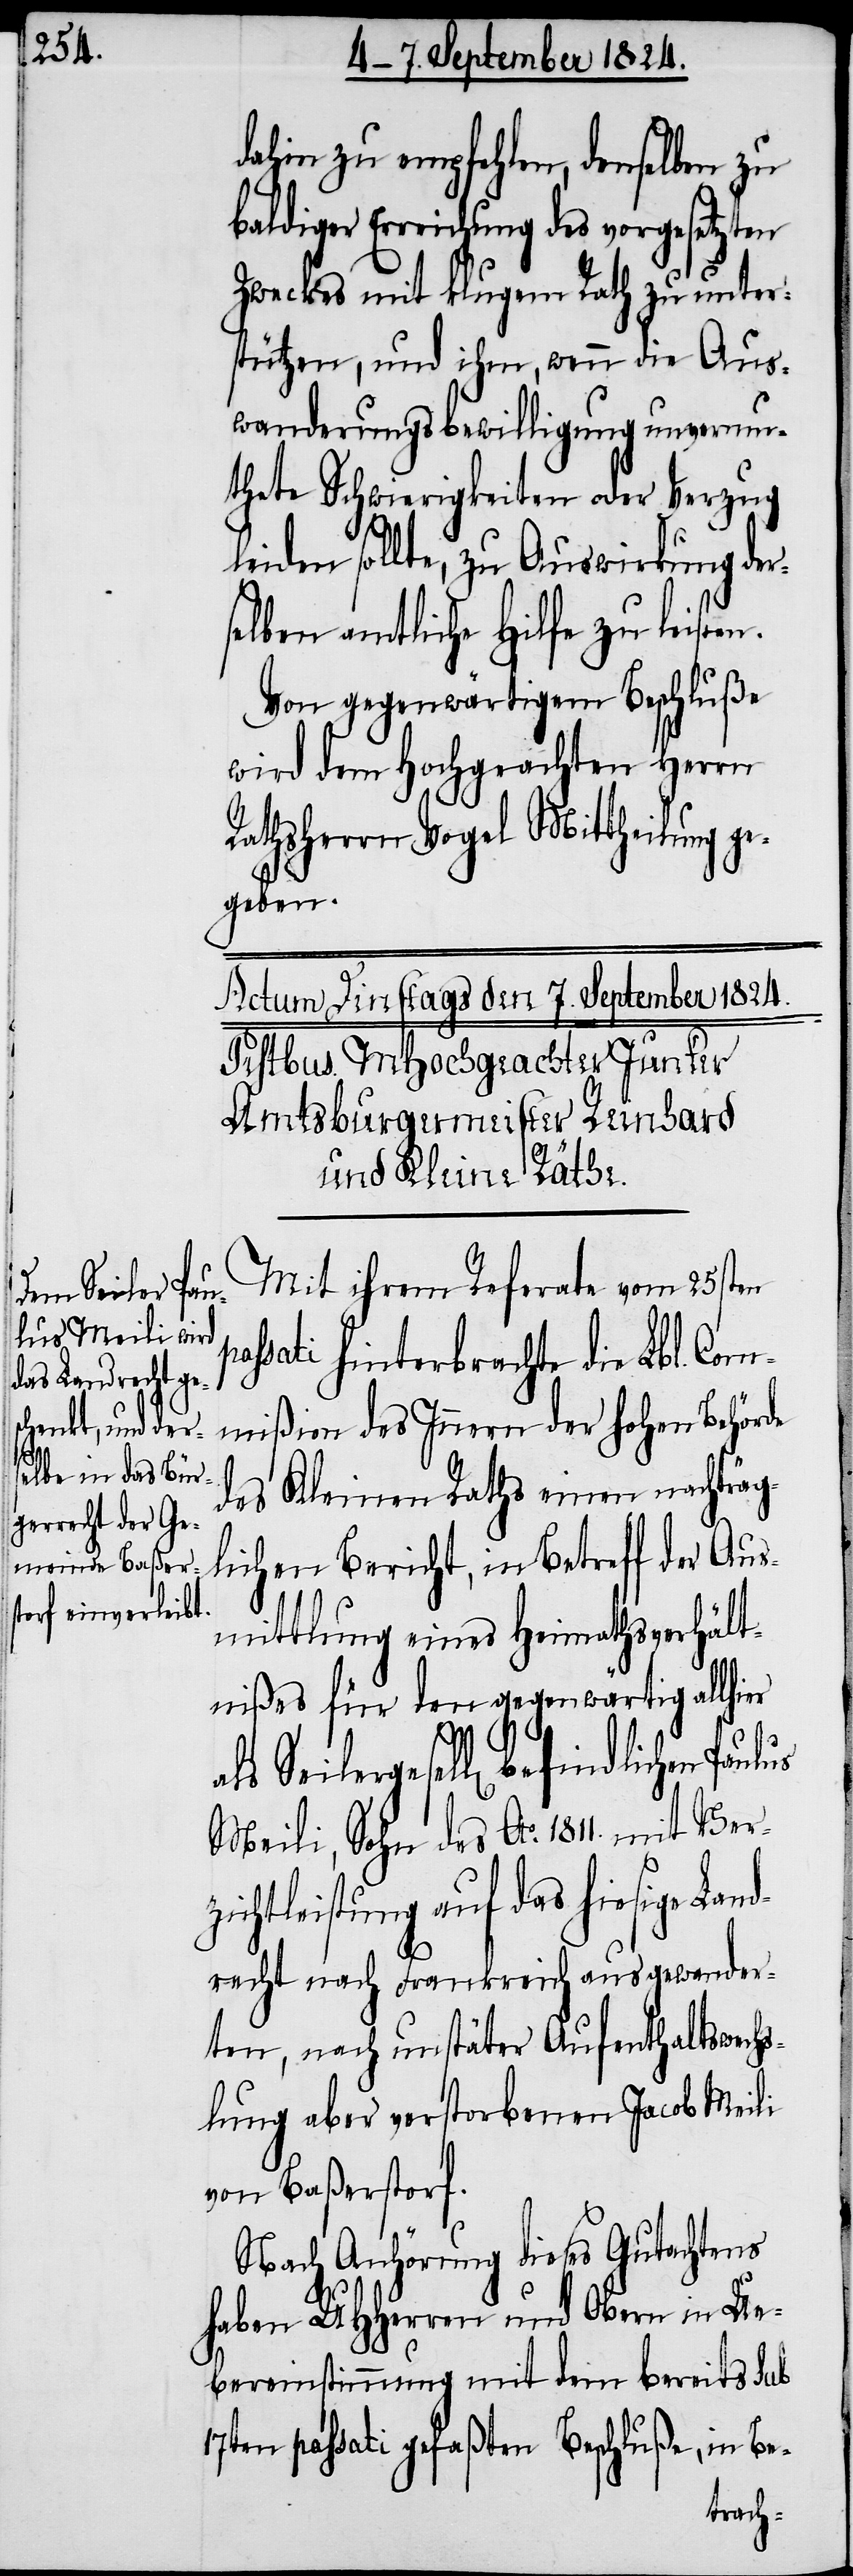
dahin zu empfehlen, denselben zu
baldiger Erreichung des vorgesetzten
Zweckes mit klugem Rath zu unter¬
stützen, und ihm, wenn die Aus¬
wanderungsbewilligung unvermu¬
thete Schwierigkeiten oder Verzug
pa¬
leiden sollte, zu Auswirkung der¬
selben amtliche Hilfe zu leisten.
Von gegenwärtigem Beschluße
wird dem Hochgeachten Herrn
Rathsherrn Vogel Mittheilung ge¬
geben.
Mit ihrem Referate vom 25sten
ssati hinterbrachte die Lbl. Com¬
mißion des Innern der hohen Behörde
des Kleinen Rathes einen nachträg¬
lichen Bericht, in Betreff der Aus¬
mittlung eines Heimathsverhält¬
nißes für den gegenwärtig allhier
als Seilergesell[e] befindlichen Paulus
Meili, Sohn des Ao. 1811. mit Ver¬
zichtleistung auf das hiesige Land¬
recht nach Frankreich ausgewander¬
ten, nach unstäter Aufenthaltswechs¬
lung aber verstorbenen Jacob Meili
von Baßerstorf.
Nach Anhörung dieses Gutachtens
haben UHHerren und Obern in Ue¬
bereinstimmung mit dem bereits sub
17ten passati gefaßten Beschluße, in Be-